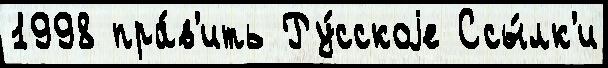
1998 пра́в'ить Ру́сскоjе Ссы́лк'и